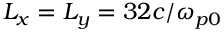
L _ { x } = L _ { y } = 3 2 c / \omega _ { p 0 }